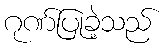
ဂုဏ်ပြုခဲ့သည်